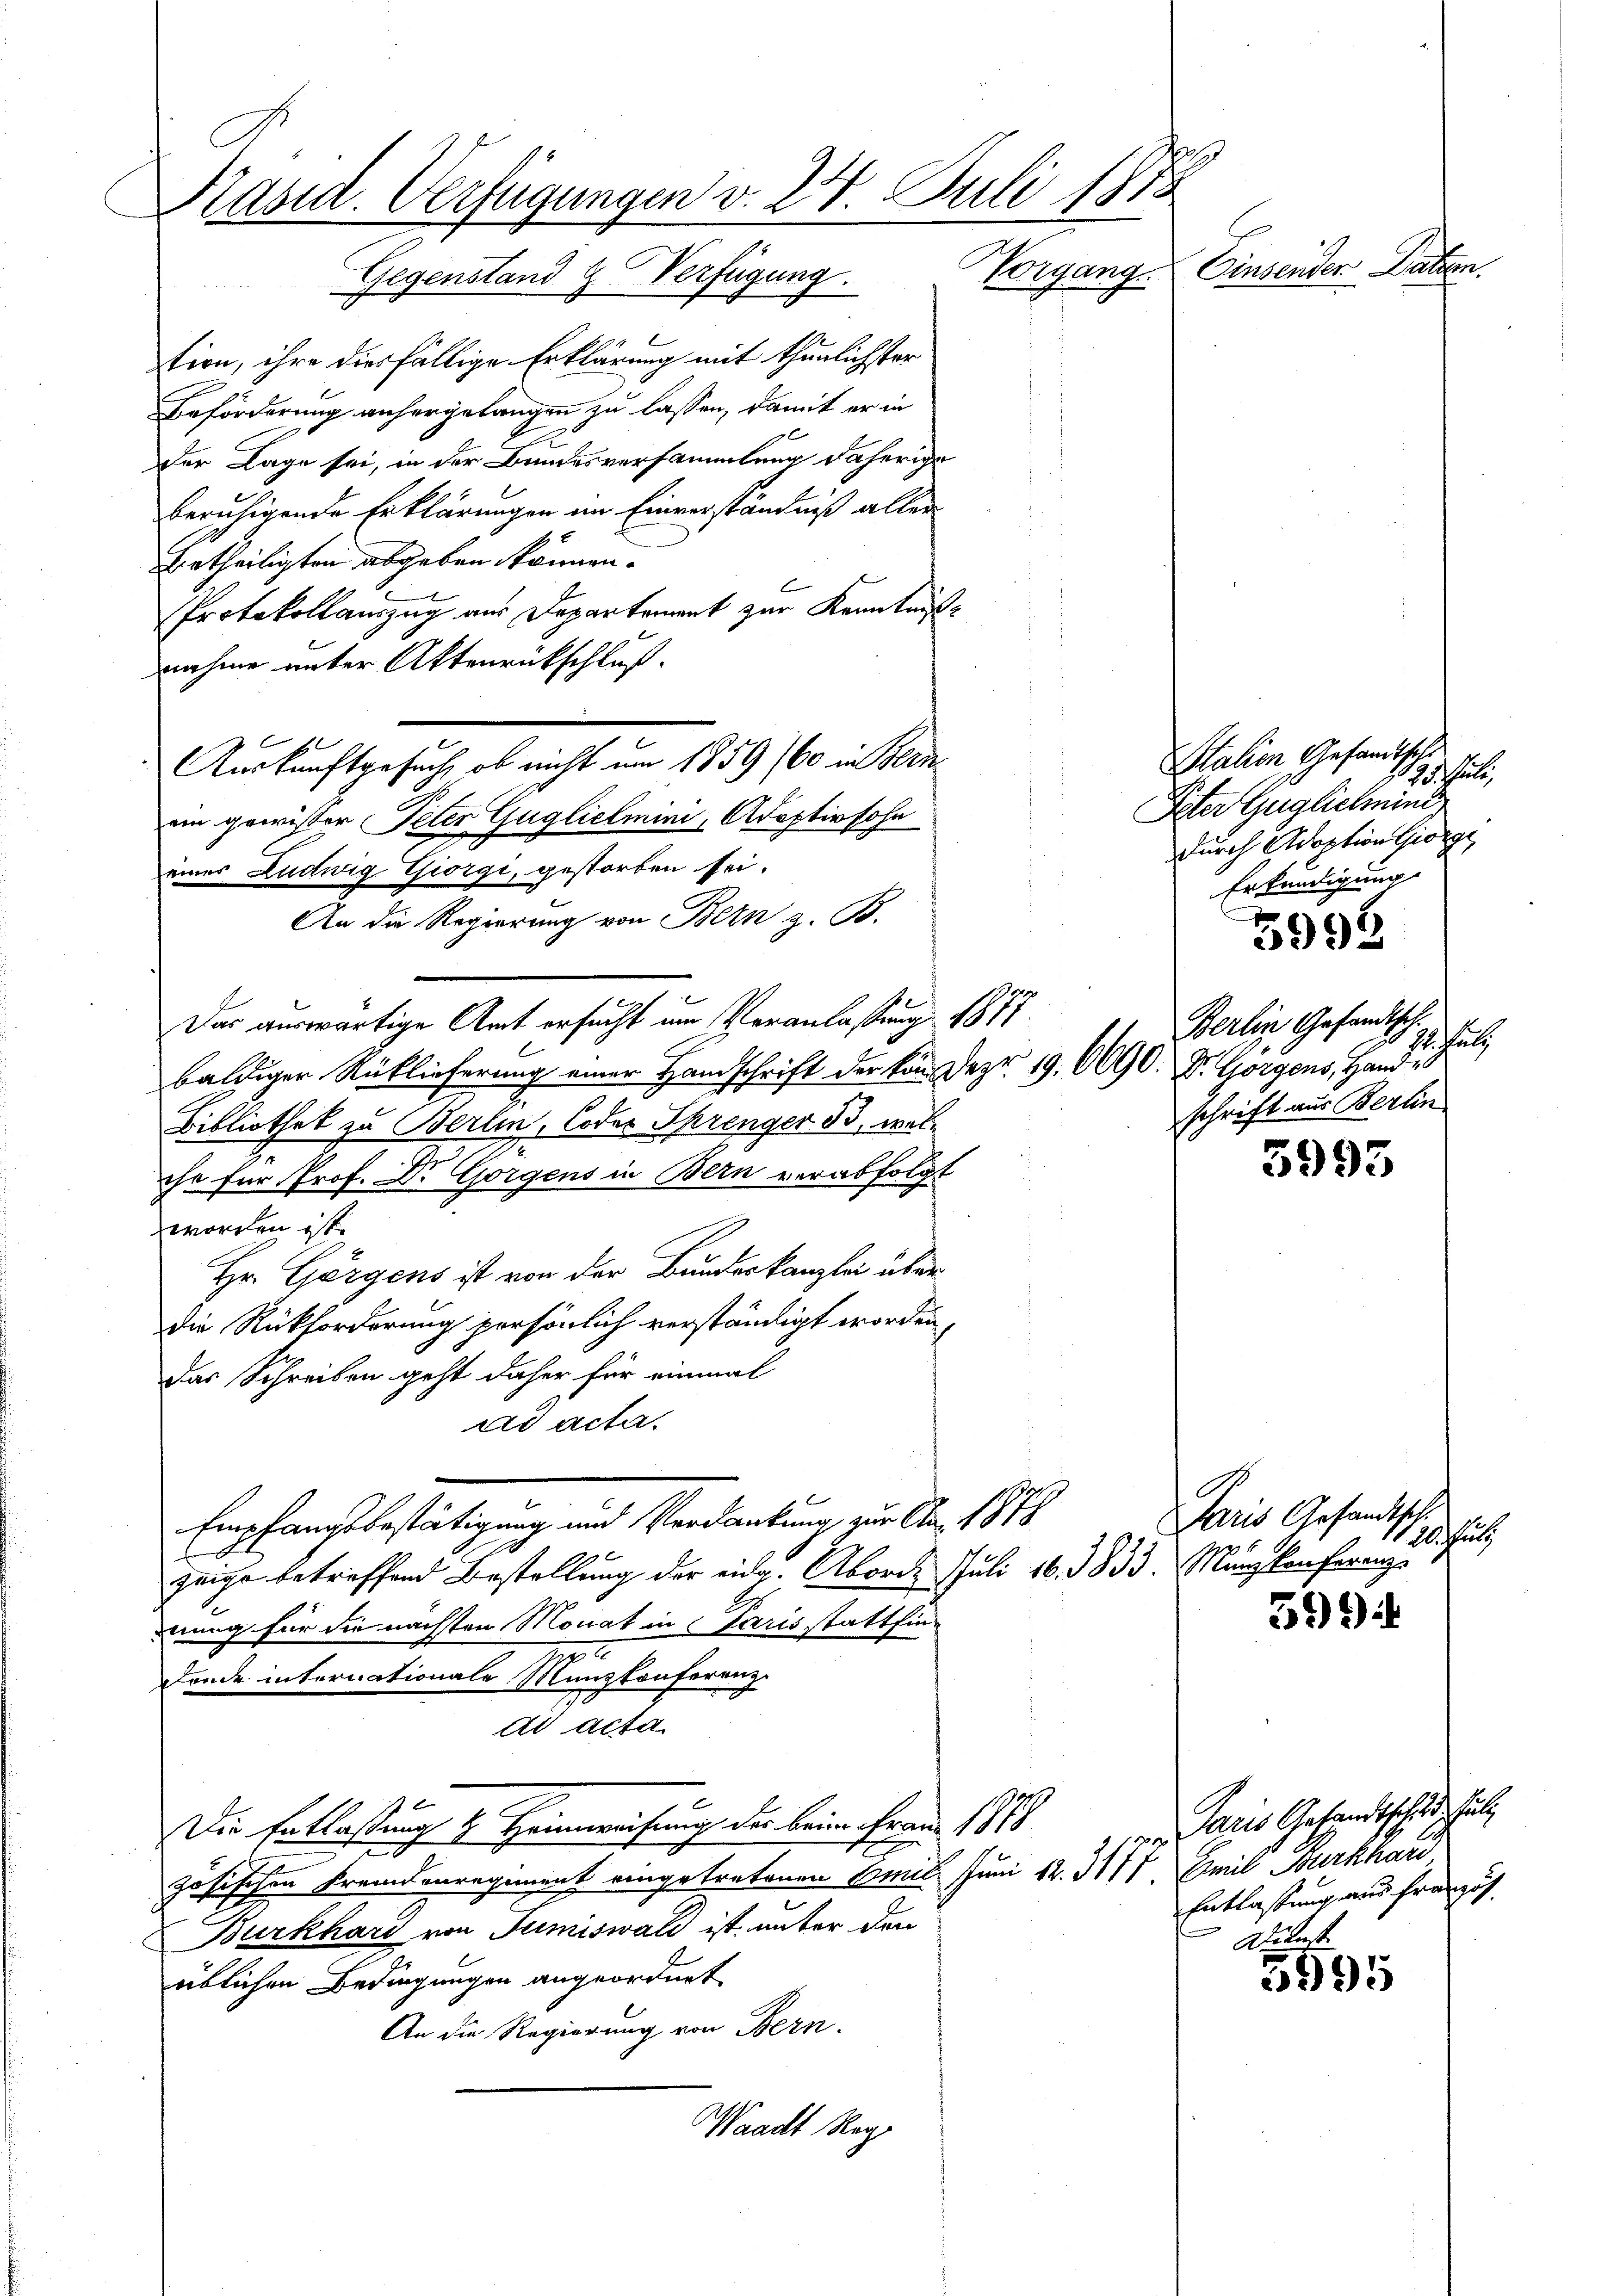
Präsid. Verfügungen v. 24. Juli 1878
Einsender. Dan
Gegenstand & Verfügung. Vorgang

tion, ihre diesfällige Erklärung mit thunlichster
Beförderung anhergelangen zu lassen, damit er in
Der Lage sei, in der Bundesversammlung daherige
beruhigende Erklärungen im Einverständniß aller
urtheiligten abgeben können.
Protokollauszug aus Departement zur Kenntniße
nahme unter Aktenrückschluß.
Auskunftgesuch, ob nicht um 1859/60 in Bern
ein gewister Peter Guglielmini, Adoptivsohn
eines Ludwig Giorgi, gestorben sei.
An die Regierung von Bern z. B.
Das auswärtige Amt ersucht um Veranlassung 1877
baldiger Rücklieferung einer Handschrift der von Dez. 19. 690. Dr. Horgens, Hand i
Bibliothek zu Berlin, Coder Sprenger 33, welche für Prof. Dr Gorgens in Bern verabfolgt
worden ist.
Hr. Görgens ist von der Bundeskanzlei überdie Rückforderung persönlich verständigt worden,
Das Schreiben geht daher für einmal
ad acta.
Empfangsbestätigung und Verdankung zur Ao. 1878
gange betreffend Bestellung der eidg. Aborde Juli 16. 1833. Manzkonferenz
mung für die nächsten Monat in Paris stattfin¬
22
dende internationale Münzkonferenz
ad acta
Die Entlaßung & Heimweisung der beim Frau 1878
f
zösischen Fremdenregiment eingetretenen Amil Juni 12. 3177. Emil Burkhard
Burkhard von Tumiswald ist unter den
üblichen Bedingungen angeordnet
An die Regierung von Bern.
Waadt Reg

Station Gesandthalt
ha
15.
Peter Guglicheint,
durch Adoption Giorg
Erkundigung

3995

Berlin Gesandtsch.
992. Juli
schrift aus Berlin

3993

Paris Gesandtsch
bichtung

31)

Paris Gesandtschuldschale
Entlassung und französ
dekast.

3995